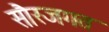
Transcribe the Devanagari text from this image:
सौरजगत